French and German assistants in Scottish schools and training centres, 1935
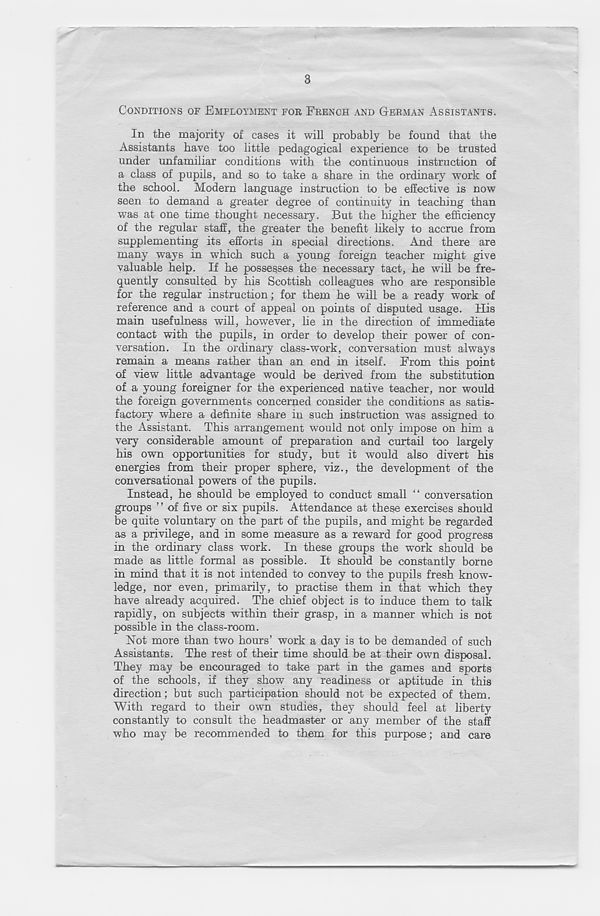
3
CONDITIONS OF EMPLOYMENT FOR FRENCH AND GERMAN ASSISTANTS.
In the majority of cases it will probably be found that the
Assistants have too little pedagogical experience to be trusted
under unfamiliar conditions with the continuous instruction of
a class of pupils, and so to take a share in the ordinary work of
the school. Modern language instruction to be effective is now
seen to demand a greater degree of continuity in teaching than
was at one time thought necessary. But the higher the efficiency
of the regular staff, the greater the benefit likely to accrue from
supplementing its efforts in special directions. And there are
many ways in which such a young foreign teacher might give
valuable help. If he possesses the necessary tact, he will be fre-
quently consulted by his Scottish colleagues who are responsible
for the regular instruction; for them he will be a ready work of
reference and a court of appeal on points of disputed usage. His
main usefulness will, however, lie in the direction of immediate
contact with the pupils, in order to develop their power of con-
versation. In the ordinary class-work, conversation must always
remain a means rather than an end in itself. From this point
of view little advantage would be derived from the substitution
of a young foreigner for the experienced native teacher, nor would
the foreign governments concerned consider the conditions as satis-
factory where a definite share in such instruction was assigned to
the Assistant. This arrangement would not only impose on him a
very considerable amount of preparation and curtail too largely
his own opportunities for study, but it would also divert his
energies from their proper sphere, viz., the development of the
conversational powers of the pupils.
Instead, he should be employed to conduct small “ conversation
groups ” of five or six pupils. Attendance at these exercises should
be quite voluntary on the part of the pupils, and might be regarded
as a privilege, and in some measure as a reward for good progress
in the ordinary class work. In these groups the wnrk should be
made as little formal as possible. It should be constantly borne
in mind that it is not intended to convey to the pupils fresh know-
ledge, nor even, primarily, to practise them in that which they
have already acquired. The chief object is to induce them to talk
rapidly, on subjects within their grasp, in a manner which is not
possible in the class-room.
Not more than two hours’ work a day is to be demanded of such
Assistants. The rest of their time should be at their own disposal.
They may be encouraged to take part in the games and sports
of the schools, if they show any readiness or aptitude in this
direction; but such participation should not be expected of them.
With regard to their own studies, they should feel at liberty
constantly to consult the headmaster or any member of the staff
who may be recommended to them for this purpose; and care